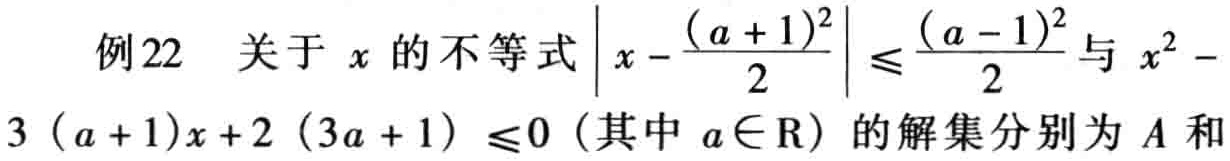
例22 关于 \(x\) 的不等式\(\left|x - \frac{(a + 1)^2}{2}\right| \leq \frac{(a - 1)^2}{2}\)与 \(x^2 - 3(a + 1)x + 2(3a + 1) \leq 0\)（其中 \(a\in \mathrm{R}\)）的解集分别为 \(A\) 和